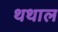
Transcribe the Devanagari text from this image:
थथाल